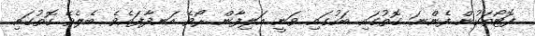
ފޮޓޯތަކުން ފެންނަ ގޮތުގައި ބަހުގައި ވަނީ އަލިފާން ރޯވެ އަނދާފައެވެ. ބެލެވޭ ގޮތުގައި